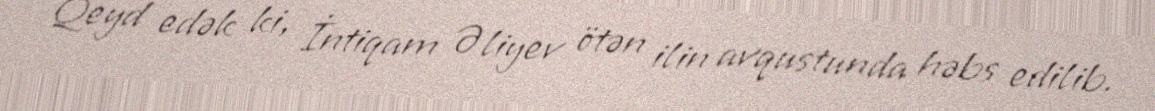
Qeyd edək ki, İntiqam Əliyev ötən ilin avqustunda həbs edilib.